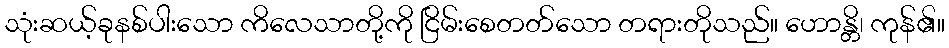
သုံးဆယ့်ခုနစ်ပါးသော ကိလေသာတို့ကို ငြိမ်းစေတတ်သော တရားတိုသည်။ ဟောန္တိ၊ ကုန်၏။